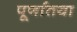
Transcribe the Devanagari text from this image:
पूर्णातया